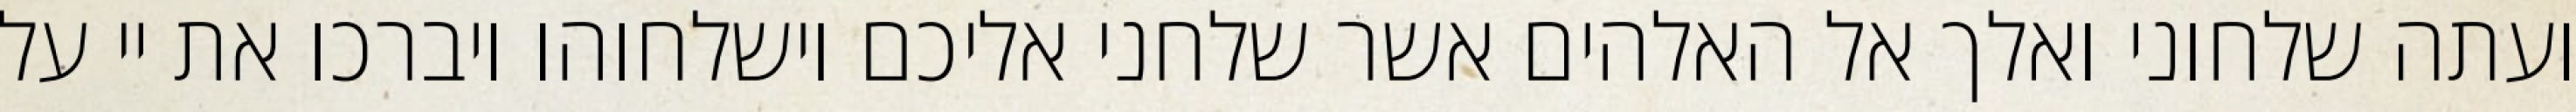
ועתה שלחוני ואלך אל האלהים אשר שלחני אליכם וישלחוהו ויברכו את יי על